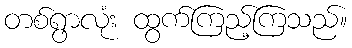
တစ်ရွာလုံး ထွက်ကြည့်ကြသည်။